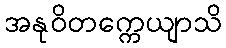
အနုဝိတက္ကေယျာသိ